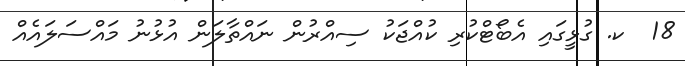
18  ކ. ގުޅީގައި އެބޯޓްކުރި ކުއްޖަކު ސިއްރުން ނައްތާލަން އުޅުނު މައްސަލައެއް